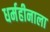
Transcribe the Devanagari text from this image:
धर्महीनाला